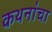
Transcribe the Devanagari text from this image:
कथनांचा